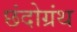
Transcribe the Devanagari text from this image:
छंदोग्रंथ